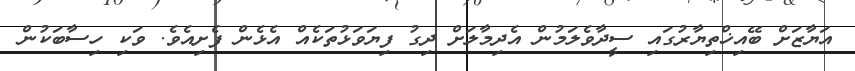
އަޔާޒަށް ބޭއިޚްތިޔާރުގައި ސީދާވެލަމުން އެދިމާލަށް ދިގު ފިޔަވަޅުތަކެއް އެޅެން ފެށިއެވެ. ވަކި ހިސާބަކުން